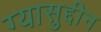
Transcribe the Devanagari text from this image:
ग्यासुद्दीन